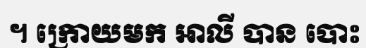
។ ក្រោយមក អាលី បាន បោះ